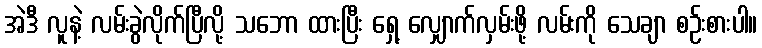
အဲဒီ လူနဲ့ လမ်းခွဲလိုက်ပြီလို့ သဘော ထားပြီး ရှေ့ လျှောက်လှမ်းဖို့ လမ်းကို သေချာ စဉ်းစားပါ။